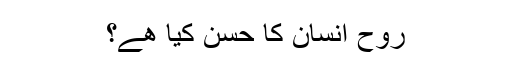
روح انسان کا حسن کیا ھے؟